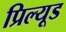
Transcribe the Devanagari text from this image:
प्रिल्यूड